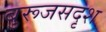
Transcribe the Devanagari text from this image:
बुरूजसदृश